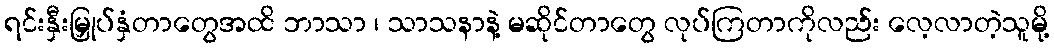
ရင်းနှီးမြှုပ်နှံတာတွေအထိ ဘာသာ ၊ သာသနာနဲ့ မဆိုင်တာတွေ လုပ်ကြတာကိုလည်း လေ့လာတဲ့သူမို့